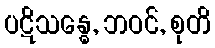
ပဋိသန္ဓေ, ဘဝင်, စုတိ